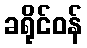
ခရိုင်ဝန်